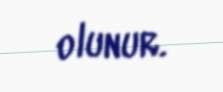
olunur.